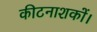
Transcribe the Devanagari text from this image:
कीटनाशकों।